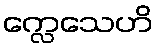
က္လေသေဟိ